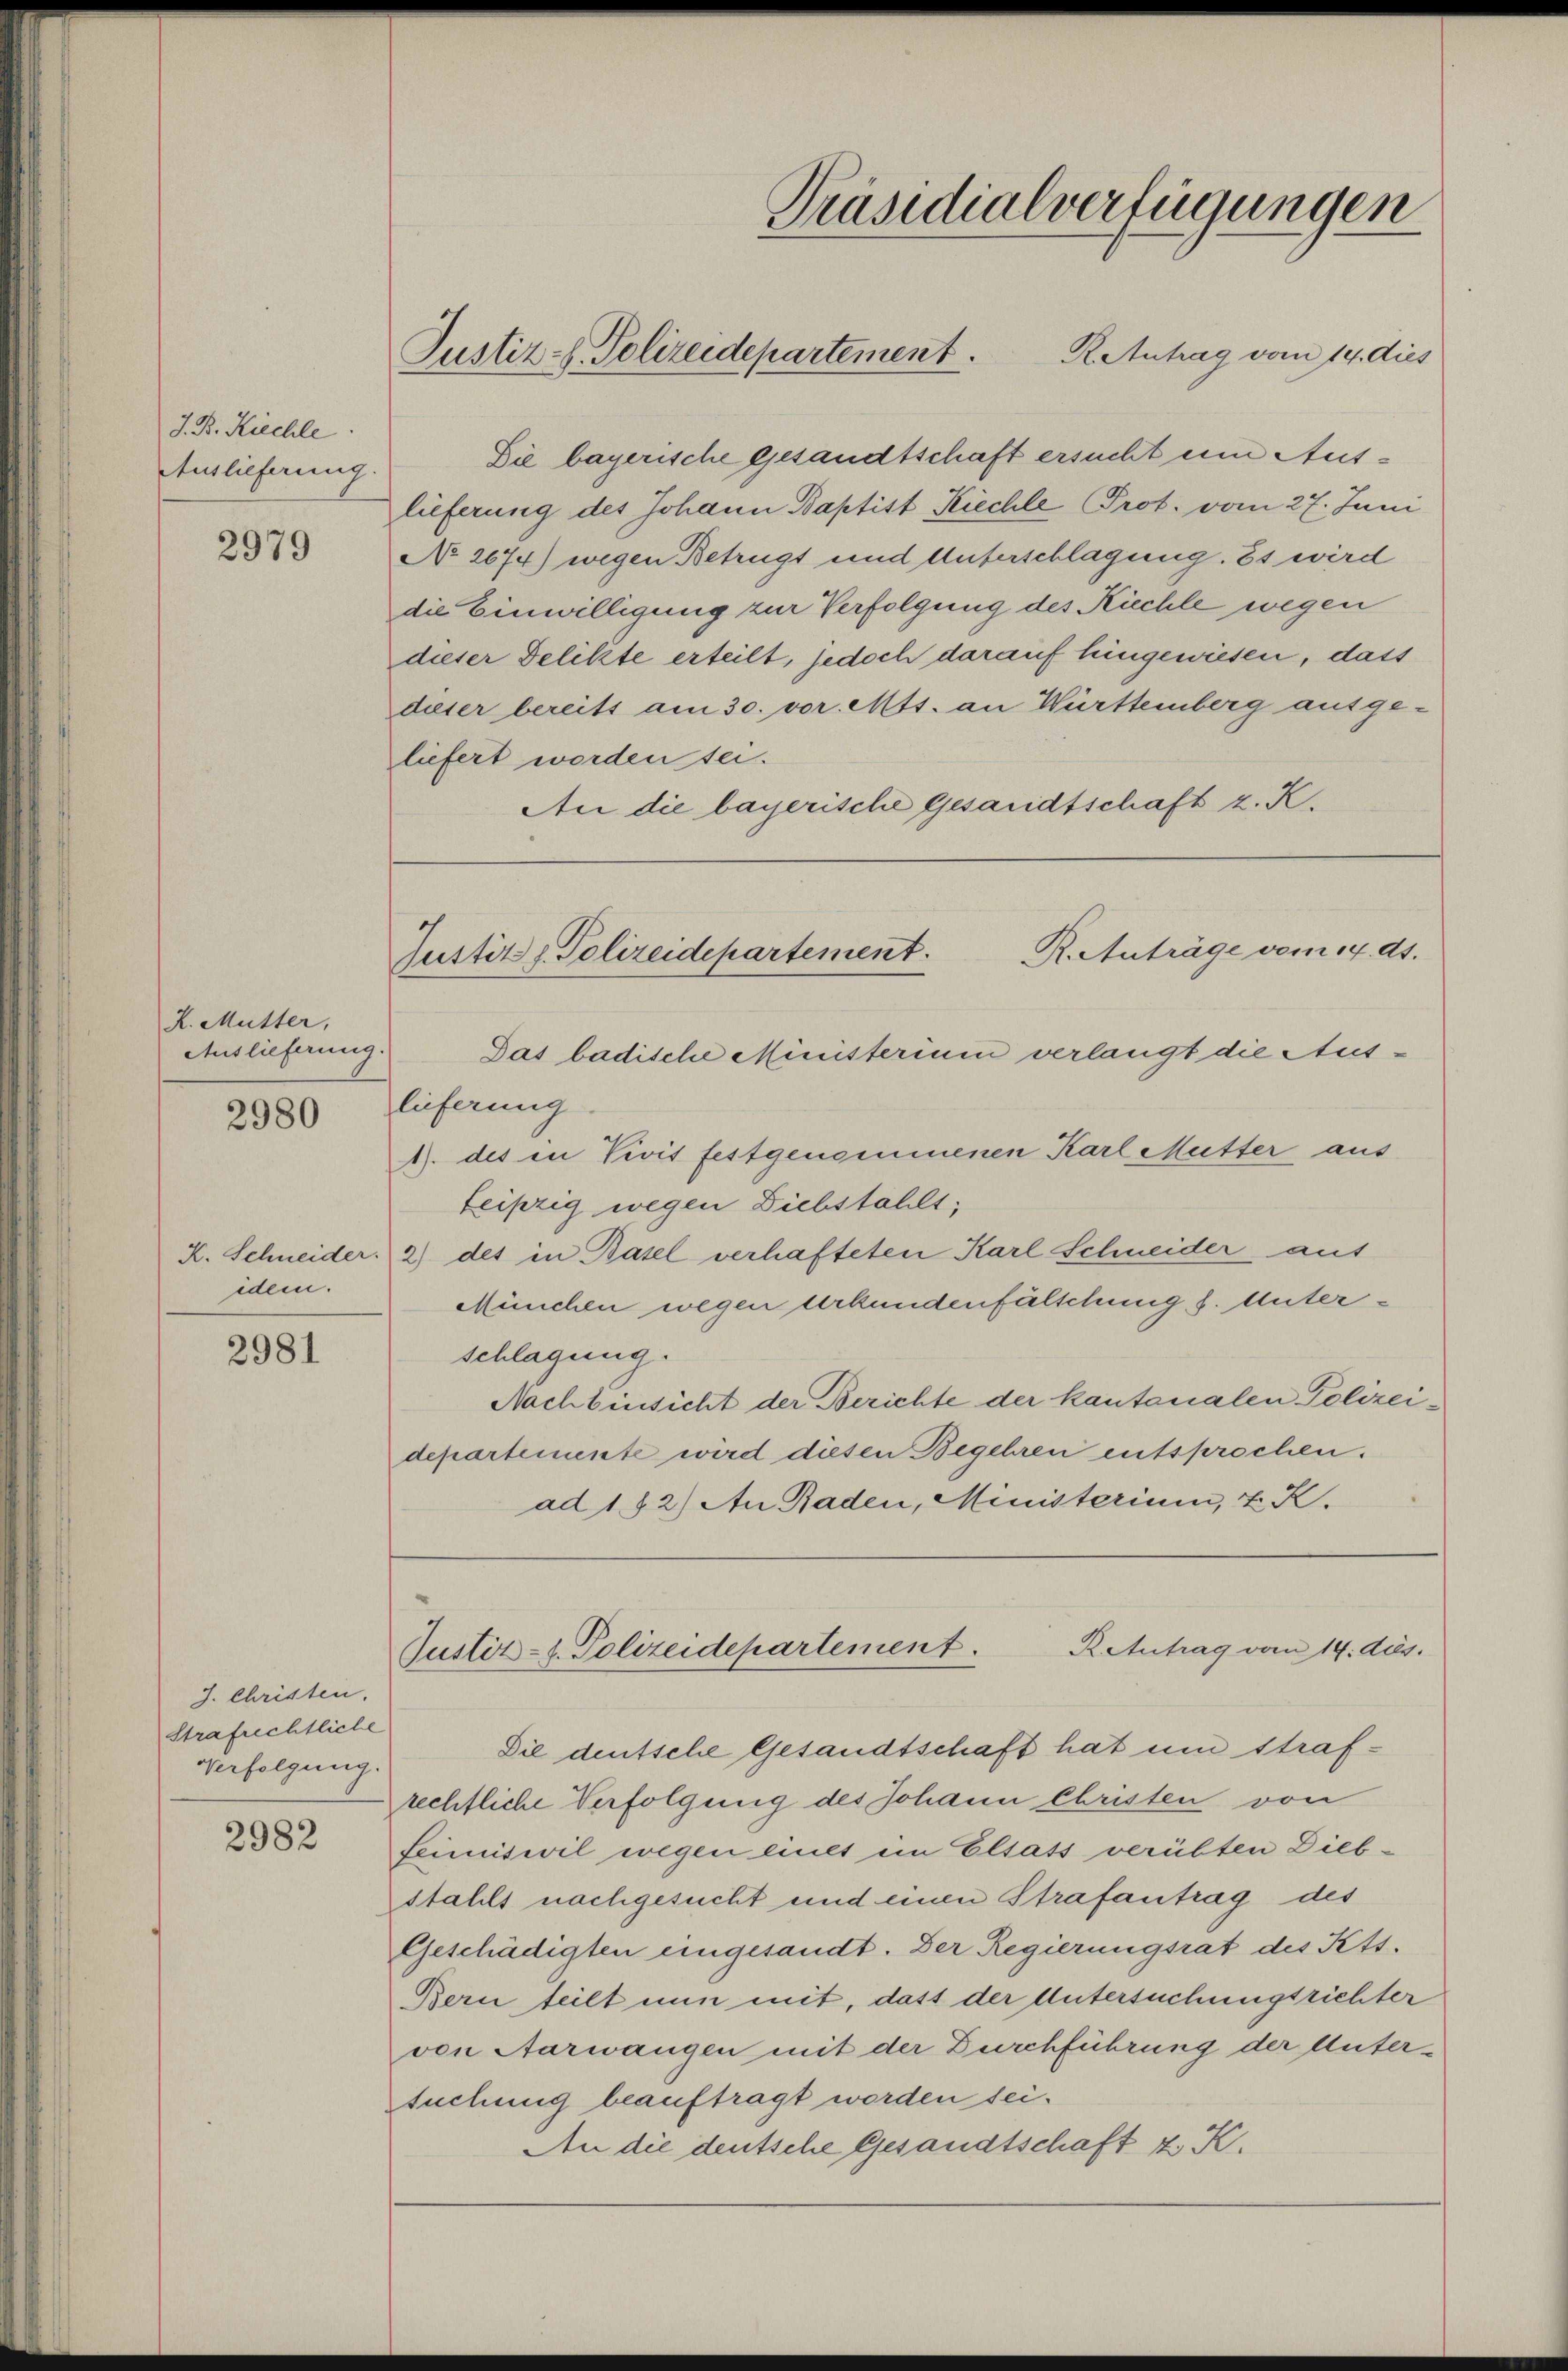
J. B. Kiechle
Auslieferung.

2979

K. Mutter,
Auslieferung.

2980

idem.

2981

J. Christen.
Strafrechtliche
Verfolgung.

2982

Präsidialverfügungen
R Antrag vom 14. dies
Justiz - Polizeidepartement.

Die bayerische gesandtschaft ersucht um Auslieferung des Johann Baptist Kiechle Prot. vom 27. Juni
No 2674) wegen Betrügt und Unterschlagung. Es wird
die Einwilligung zur Verfolgung des Küchle wegen
dieser Delikte erteilt, jedoch darauf hingewiesen, dass
dieser bereits am 30. vor. Mts. an Württemberg ausge-
liefert worden sei.
An die bayerische Gesandtschaft z. K.

R. Anträge vom 14. ds.
Justiz & Polizeidepartement.

Das badische Ministerium verlangt die Auslieferung
1. des in Vivis festgenommenen Karl Mutter aus
Leipzig wegen Diebstahlt;
K. Schneider 2) des in Basel verhafteten Karl Schneider aus
München wegen Urkundenfälschung d. Unterschlagung.
Nach Einsicht der Berichte der kantonalen Polizeidepartemente wird diesen Begehren entsprochen.
ad 182) An Baden, Ministerium, 2. K.

R. Antrag vom 14. ds.
Justiz- & Polizeidepartement.

Die deutsche Gesandtschaft hat und strafrechtliche Verfolgung des Johann Christen von
feimiswil wegen eines im Elsass verübten Diebstahls nachgesucht und einen Strafantrag des
Geschädigten eingesandt. Der Regierungsrat des Kett¬
Bern teilt nun mit, dass der Untersuchungsrichter
von Aarwangen mit der Durchführung der Unter-
suchung beauftragt worden sei.
An die deutsche Gesandtschaft z. K.